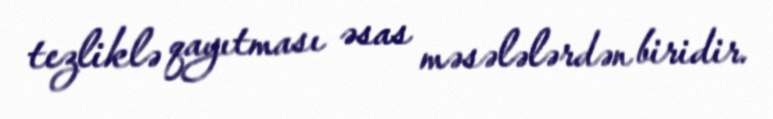
tezliklə qayıtması əsas məsələlərdən biridir.